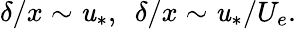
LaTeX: \delta/x\sim\mathit{u}_{*},\ \ \delta/x\sim\mathit{u}_{*}/U_{e}.